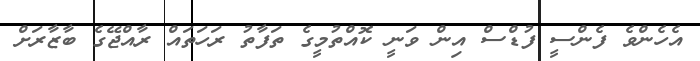
އެހެންވެ ފެންސީ ފުޑްސް އިން ވަނީ ކޮއްތުމީގެ ތަފާތު ރަހަތައް ރާއްޖޭގެ ބާޒާރަށް